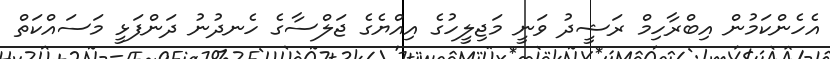
އެހެންކަމުން އިބްރާހިމް ރަޝީދު ވަނީ މަޖިލީހުގެ އިއްޔެގެ ޖަލްސާގެ ހެނދުނު ދަންފަޅީ މަސައްކަތް